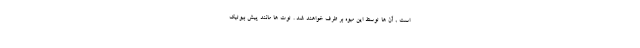
است , آن ها توسط این میوه بر طرف خواهند شد . توت ها مانند پیش بیوتیک